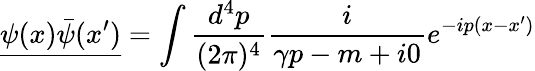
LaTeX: {\underline{{\psi(x){\bar{\psi}}(x^{\prime})}}}=\int{\frac{d^{4}p}{(2\pi)^{4}}}{\frac{i}{\gamma p-m+i0}}e^{-ip(x-x^{\prime})}